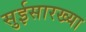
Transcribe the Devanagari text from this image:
सुईसारख्या